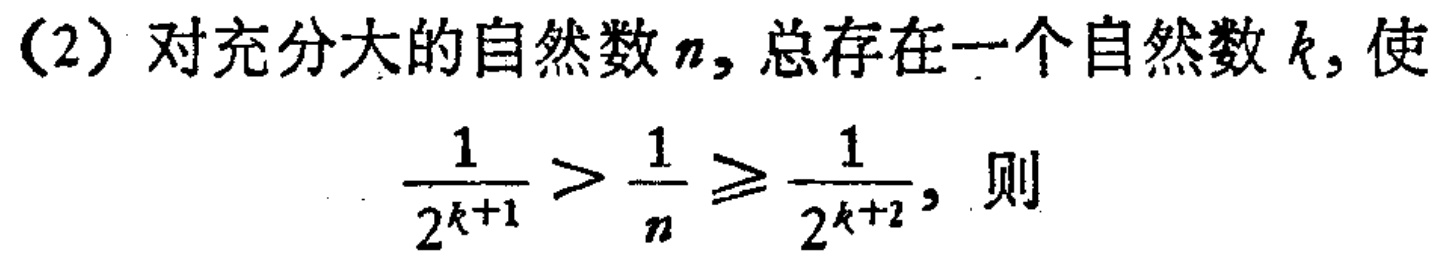
(2) 对充分大的自然数\(n\)，总存在一个自然数\(k\)，使

\[\frac{1}{2^{k + 1}} > \frac{1}{n} \geqslant \frac{1}{2^{k+2}},\] 则